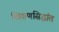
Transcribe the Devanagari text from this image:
शिक्षणसिद्धांत